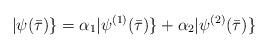
LaTeX: \begin{align*}|\psi(\bar\tau)\}=\alpha_1|\psi^{(1)}(\bar\tau)\}+\alpha_2|\psi^{(2)}(\bar\tau)\}\end{align*}